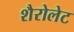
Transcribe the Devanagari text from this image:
शैरोलेट